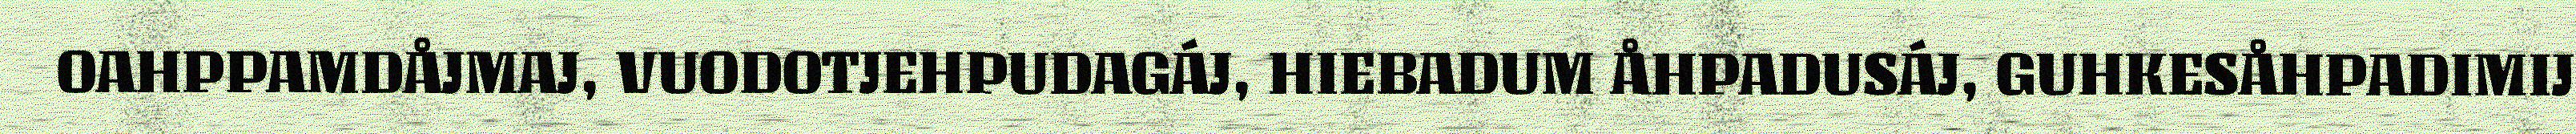
OAHPPAMDÅJMAJ, VUODOTJEHPUDAGÁJ, HIEBADUM ÅHPADUSÁJ, GUHKESÅHPADIMIJ